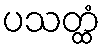
ပသတ္ထံ